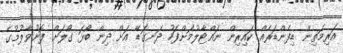
އަރިމަތިން ޑިފެންޑަރެއް ކައިރިން ނައްޓާލުމަށްފަހު ދަނގަޑޭ އަށް ދިން ބޯޅަ ގޯލަށް ފޮނުވާލުމުގެ